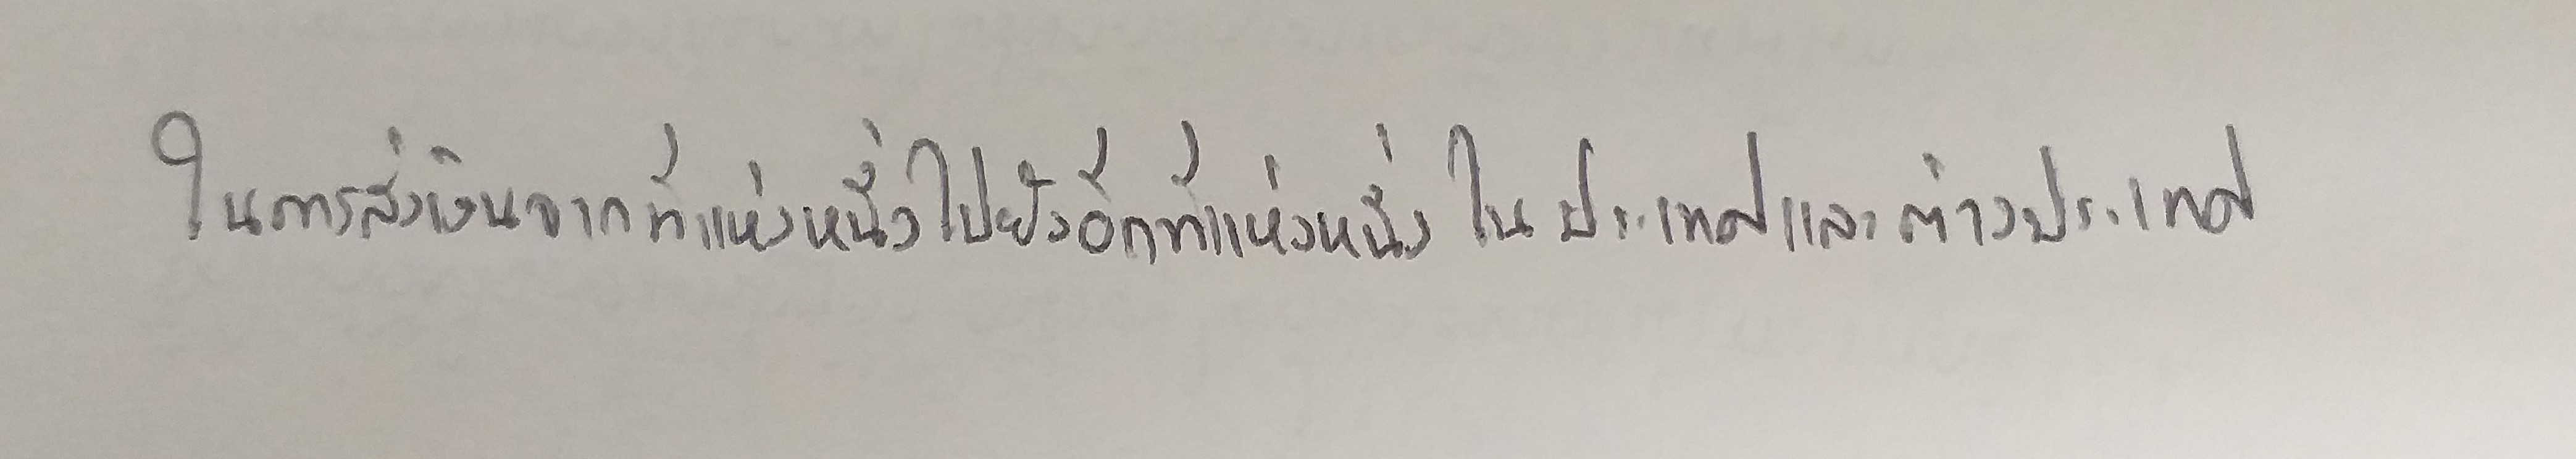
ในการส่งเงินจากที่แห่งหนึ่งไปยังที่อีกแห่งหนึ่งในประเทศและต่างประเทศ